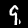
Digit: 9